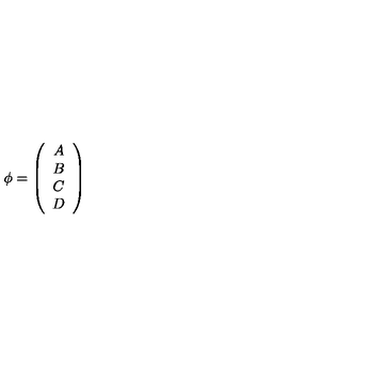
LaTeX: \phi = \left( \begin{array} { c } { A } \\ { B } \\ { C } \\ { D } \\ \end{array} \right)